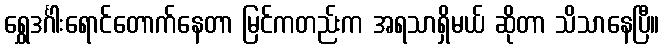
ရွှေဒင်္ဂါးရောင်တောက်နေတာ မြင်ကတည်းက အရသာရှိမယ် ဆိုတာ သိသာနေပြီ။